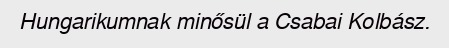
Hungarikumnak minősül a Csabai Kolbász.